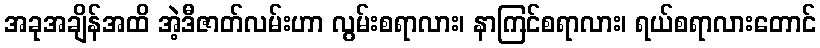
အခုအချိန်အထိ အဲ့ဒီဇာတ်လမ်းဟာ လွမ်းစရာလား၊ နာကြင်စရာလား၊ ရယ်စရာလားတောင်